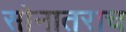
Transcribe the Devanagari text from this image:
सोनातराच